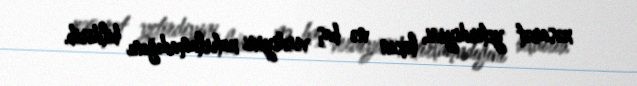
xəsarət yetirdiyini, lakin nə baş verdiyini xatırlamadığını bildirib.